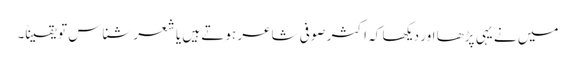
میں نے یہی پڑھا اور دیکھا کہ اکثر صوفی شاعر ہوتے ہیں یا شعر شناس تو یقیناً۔